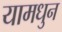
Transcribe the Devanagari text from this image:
यामधुन